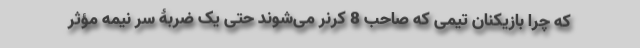
که چرا بازیکنان تیمی که صاحب 8 کرنر می‌شوند حتی یک ضربۀ سر نیمه مؤثر